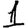
Digit: 1